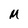
Character: M